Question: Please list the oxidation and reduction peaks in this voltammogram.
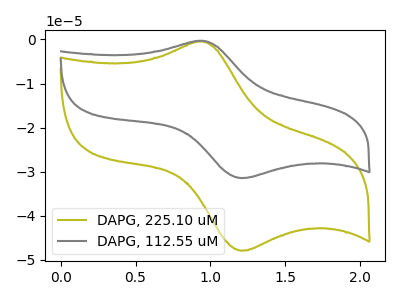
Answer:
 <answer>The olive curve "DAPG, 225.10 uM" has an anodic peak at (0.95V, -0.40uA) and a cathodic peak at (1.20V, -47.90uA). The gray curve "DAPG, 112.55 uM" has an anodic peak at (0.95V, -0.25uA) and a cathodic peak at (1.20V, -31.45uA).</answer>
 <eval></eval>